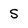
Character: S